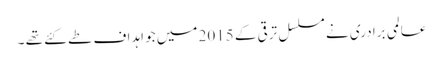
عالمی برادری نے مسلسل ترقی کے 2015 میں جو اہداف طے کئے تھے ۔